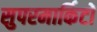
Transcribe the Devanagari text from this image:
सुपरमार्किटों